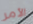
الأمر